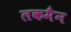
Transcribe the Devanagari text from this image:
लकमैन